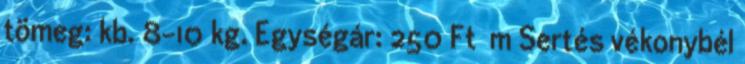
tömeg: kb. 8-10 kg. Egységár: 250 Ft m Sertés vékonybél